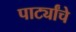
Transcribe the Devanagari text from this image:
पार्ट्यांचे